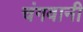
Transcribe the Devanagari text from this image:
चंगवानी